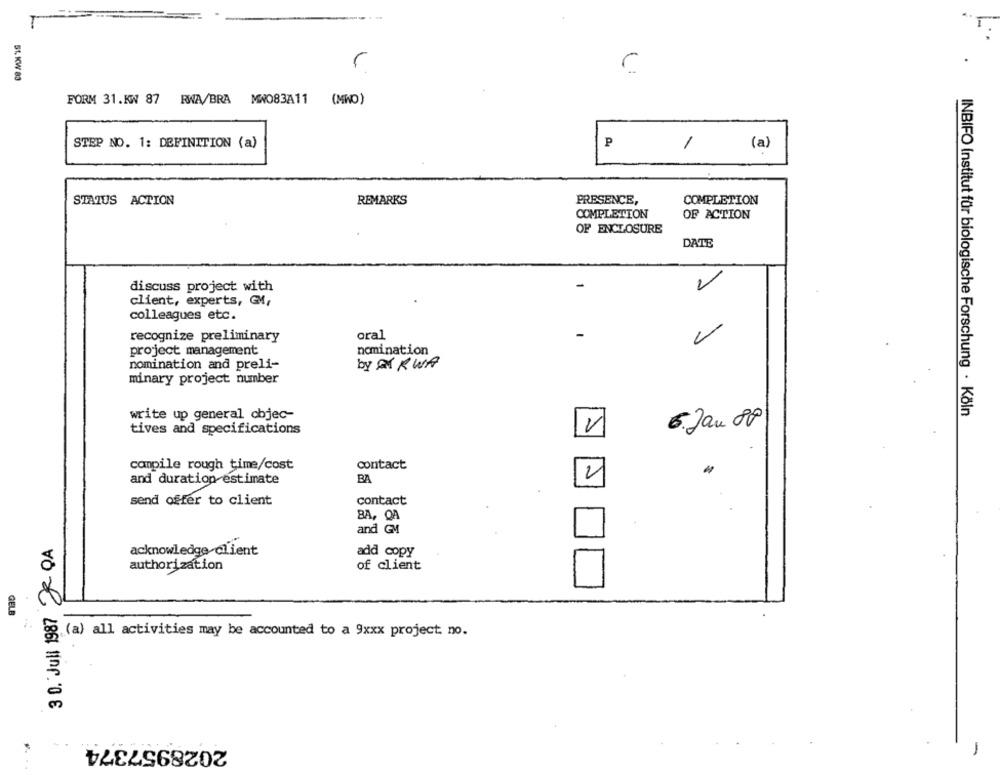
51. KW 83
FORM 31.KW 87 RWA/BRA MW083A11 (MWO)
STEP NO. 1: DEFINITION (a)
P
1
(a)
STATUS ACTION
REMARKS
PRESENCE,
COMPLETION
COMPLETION
OF ACTION
OF ENCLOSURE
DATE
discuss project with
client, experts, GM,
colleagues etc.
recognize preliminary
oral
-
project management
nomination
nomination and preli-
by AN KWA
minary project number
write up general objec-
INBIFO Institut für biologische Forschung · Köln
6. Jan 8P
tives and specifications
campile rough time/cost
contact
and duration estimate
BA
2
send offer to client
contact
BA, QA
and GM
3 0. Juli 1987 22 QA
acknowledge client
add copy
authorization
of client
GELE
og.(a) all activities may be accounted to a 9xxx project. no.
2028957374